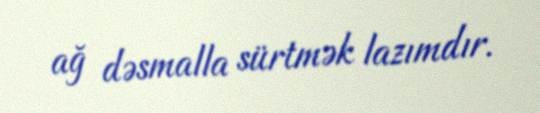
ağ dəsmalla sürtmək lazımdır.